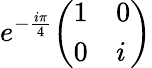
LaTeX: e^{-{\frac{i\pi}{4}}}{\left(\begin{array}{ll}{1}&{0}\\ {0}&{i}\end{array}\right)}